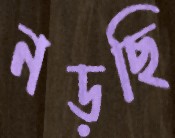
নড়ছি